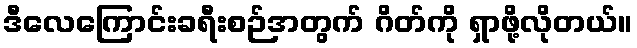
ဒီလေကြောင်းခရီးစဉ်အတွက် ဂိတ်ကို ရှာဖို့လိုတယ်။